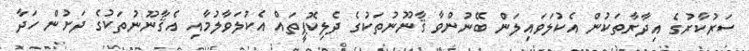
ސަރުކާރުގެ އިދާރާތަކުން އެކުލަވައިލަން ބޭނުންވާ ޤާނޫނުތަކުގެ ދެލިކޮޕީތައް އެކުލަވާލުމާއި އެޤާނޫނުތަކުގެ ދަށުން ހަދާ